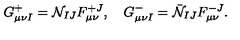
G _ { \mu \nu I } ^ { + } = { \cal N } _ { I J } F _ { \mu \nu } ^ { + J } , \quad G _ { \mu \nu I } ^ { - } = \bar { \cal N } _ { I J } F _ { \mu \nu } ^ { - J } .